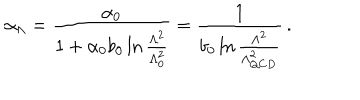
\alpha _ { \Lambda } = { \frac { \alpha _ { 0 } } { 1 + \alpha _ { 0 } b _ { 0 } \ln { { \frac { \Lambda ^ { 2 } } { \Lambda _ { 0 } ^ { 2 } } } } } } = { \frac { 1 } { b _ { 0 } \ln { { \frac { \Lambda ^ { 2 } } { \Lambda _ { Q C D } ^ { 2 } } } } } } \, .